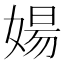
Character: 婸